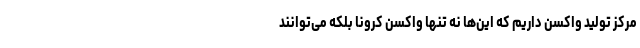
مرکز تولید واکسن داریم که این‌ها نه تنها واکسن کرونا بلکه می‌توانند